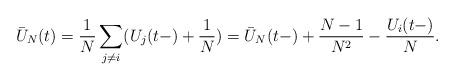
LaTeX: \begin{align*}\bar U_N(t)= \frac 1N \sum_{j\ne i} (U_j(t-) + \frac 1N)= \bar U_N(t-) + \frac{N-1}{N^2} - \frac{U_i(t-)}N .\end{align*}